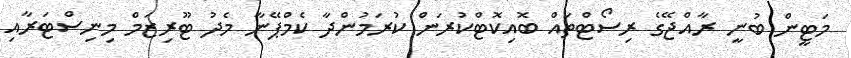
މަޓީން ބުނީ ރާއްޖޭގެ ރިސޯޓްތައް ބޮއިކޮޓްކުރަން ކުރަމުންދާ ކެމްޕޭނާ މެދު ޓޫރިޒަމް މިނިސްޓަރާއި